Civil Veterinary Department. Madras. Admin. report 1910-25 - 1910-1925
Year: 1910
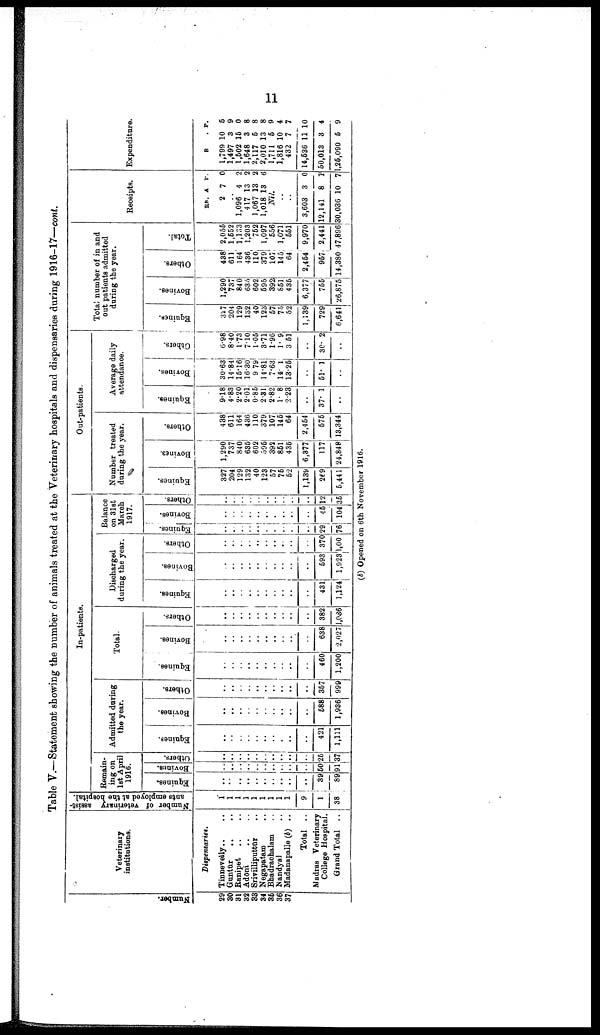
11
Table V.—Statement showing the number of animals treated at the Veterinary hospitals and dispensaries during 1916-17—cont.
Numbe r
.
29
30
31
32
33
34
35
36
37
Veterinary
institutions.
Dispensaries.
Tinnevelly .. ..
Guntūr .. ..
Ranipet .. ..
Adōni .. ..
Srivilliputtūr ..
Negapatam ..
Bhadrachalam ..
Nandyal ..
Madanapalle (b) ..
Total ..
Madras Veterinary
College Hospital.
Grand Total ..
Number of veterinary assist
ants employed at the hospital.
1
1
1
1
1
1
1
1
1
9
1
38
In-patients.
Remain
ing on
1st April
1916.
Equines.
..
..
..
..
..
..
..
..
..
..
39
89
Bovines.
..
..
..
..
..
..
..
..
..
..
50
91
Others.
..
..
..
..
..
..
..
..
..
..
26
37
Admitted during
the year.
Equines.
..
..
..
..
..
..
..
..
..
..
421
1,111
Bovines.
..
..
..
..
..
..
..
..
..
..
688
1,936
Others.
..
..
..
..
..
..
..
..
..
..
367
999
Total.
Equines.
..
..
..
..
..
..
..
..
..
..
460
1,200
Bovines.
..
..
..
..
..
..
..
..
..
..
638
2,027
Others.
..
..
..
..
..
..
..
..
..
..
382
1,036
Discharged
during the year.
Equines.
..
..
..
..
..
..
....
..
..
..
431
1,124
Bovines.
..
..
..
..
..
..
..
..
..
..
693
1,923
Others.
..
..
..
..
..
..
..
..
..
..
370
1,00
Balance
on 31st
March
1917.
Equines.
..
..
..
..
..
..
..
..
..
..
29
76
Bovines.
..
..
..
..
..
..
..
..
..
..
46
104
Others.
..
..
..
..
..
..
..
..
..
..
12
36
Out-patients
Number treated
during the year.
Equines.
327
204
129
132
40
123
57
76
52
1,139
269
6,441
Bovines.
1,290
737
840
635
602
596
393
861
436
6,377
117
24,848
Others.
438
611
164
436
110
379
107
145
64
2,454
675
13,344
Average daily
attendance.
Equines.
9.18
4.83
2.20
2.01
0.85
2 31
2.82
1.8
2.23
..
37. 1
..
Bovines.
30.63
14.84
15.16
16.30
9 79
14.81
7.63
14. 1
13.25
..
51. 1
..
Others.
6.98
8.40
1.73
710
1.05
3.71
1.96
1. 9
3 51
..
30. 2
..
Total number of in and
out patients admitted
during the year.
Equines.
327
204
129
132
40
123
57
75
52
1,139
729
6,641
Bovines.
1,290
737
840
635
602
595
392
851
435
6,377
755
26,875
Others.
438
611
164
436
110
379
107
145
64
2,454
957
14,380
Total.
2,055
1,552
1,133
1,203
752
1,097
556
1,071
551
9,970
2,441
47,896
Receipts.
RS.
2
A.
7
P.
0
..
1,096
417
1,067
1,018
4
13
13
13
2
2
2
6
Nil.
..
..
3,603
12,141
30,036
3
8
10
0
1
7
Expenditure.
R
1,799
1,497
1,502
1,648
2,117
2,010
1,711
1,816
432
14,536
50,013
1,26,090
.
10
3
15
3
5
13
5
10
7
11
3
5
P.
5
9
0
8
8
8
9
4
7
10
4
9
(b) Opened on 6th November 1916.